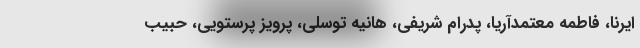
ایرنا، فاطمه معتمدآریا، پدرام شریفی، هانیه توسلی، پرویز پرستویی، حبیب